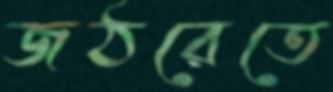
জঠরেতে